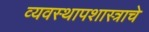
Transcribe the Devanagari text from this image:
व्यवस्थापशास्त्राचे